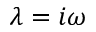
\lambda = i \omega